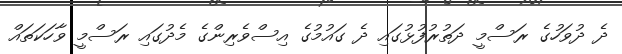
ދެ ދުވަހުގެ ރަސްމީ ދަތުރުފުޅުގައި ދެ ގައުމުގެ އިސްވެރިންގެ މެދުގައި ރަސްމީ ވާހަކަތައް